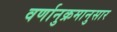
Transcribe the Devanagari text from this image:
वर्णानुक्रमानुसार